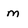
Character: m